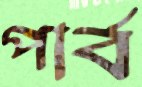
পার্ব